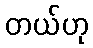
တယ်ဟု